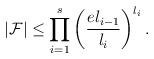
LaTeX: \begin{align*}|{\cal F}|\leq\prod_{i=1}^s \left(\frac{e l_{i-1}}{l_i}\right)^{l_i}.\end{align*}